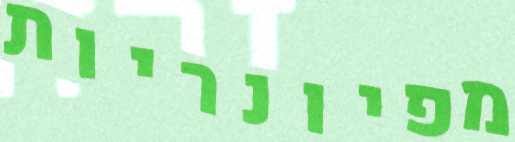
מפיונריות